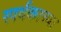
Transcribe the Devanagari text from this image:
स्पर्धकाच्या